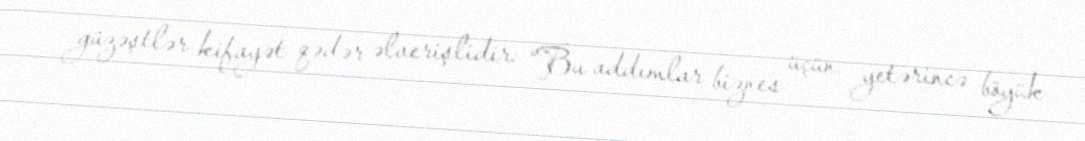
güzəştlər kifayət qədər əlverişlidir: “Bu addımlar biznes üçün yetərincə böyük